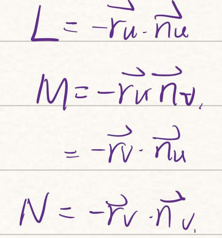
\begin{align*}
L &= -\vec{r}_u \cdot \vec{n}_u\\
M &= -\vec{r}_u\vec{n}_v\\
&= -\vec{r}_v \cdot \vec{n}_u\\
N &= -\vec{r}_v \cdot \vec{n}_v
\end{align*}